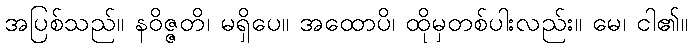
အပြစ်သည်။ နဝိဇ္ဇတိ၊ မရှိပေ။ အထောပိ၊ ထိုမှတစ်ပါးလည်း။ မေ၊ ငါ၏။